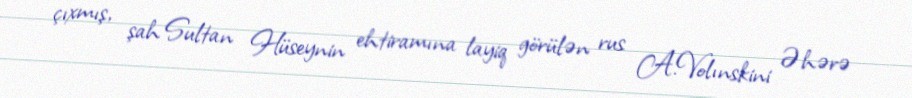
çıxmış, şah Sultan Hüseynin ehtiramına layiq görülən rus A.Volınskini Əhərə